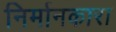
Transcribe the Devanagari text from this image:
निर्मानकारा